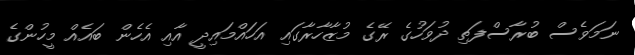
ނަމަވެސް ބުރާސްފަތި ދުވަހުގެ ރޭގެ މުޒާހާރާގައި އަހައްމައިދީ އާއި އެހެން ބައެއް މީހުންގެ